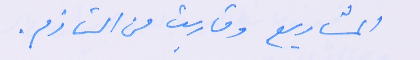
المشاريع وقاربت من التازم.